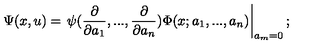
\Psi ( x , u ) = \left. \psi ( \frac { \partial } { \partial a _ { 1 } } , . . . , \frac { \partial } { \partial a _ { n } } ) \Phi ( x ; a _ { 1 } , . . . , a _ { n } ) \right| _ { a _ { m } = 0 } ;